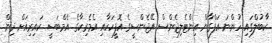
ކާބުލްގައި ހުންނަ އަފްގާން އިންޓެލިޖެންސް އޭޖެންސީގެ އޮފީހަކާއި އެމެރިކާގެ އެމްބަސީ ކައިރިއަށް ދިން